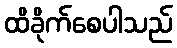
ထိခိုက်စေပါသည်